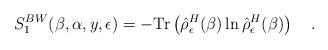
LaTeX: \begin{align*}S_1^{BW}(\beta,\alpha,y,\epsilon)=-\mbox{Tr}\left(\hat{\rho}^H_\epsilon(\beta)\ln\hat{\rho}^H_\epsilon(\beta)\right)~~~.\end{align*}